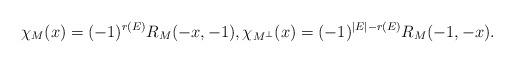
LaTeX: \begin{align*}\chi_{M}(x)=(-1)^{r(E)}R_{M}(-x,-1),\chi_{M^\perp}(x)=(-1)^{|E|-r(E)}R_{M}(-1,-x).\end{align*}